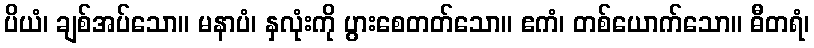
ပိယံ၊ ချစ်အပ်သော။ မနာပံ၊ နှလုံးကို ပွားစေတတ်သော။ ဧကံ၊ တစ်ယောက်သော။ ဓီတရံ၊